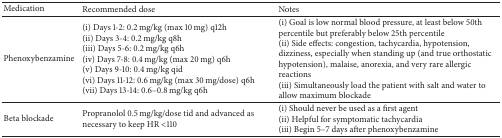
<table><thead><tr><td><b>Medication</b></td><td><b>Recommended dose</b></td><td><b>Notes</b></td></tr></thead><tbody><tr><td>Phenoxybenzamine</td><td>(i) Days 1-2: 0.2 mg/kg (max 10 mg) q12h(ii) Days 3-4: 0.2 mg/kg q8h(iii) Days 5-6: 0.2 mg/kg q6h(iv) Days 7-8: 0.4 mg/kg (max 20 mg) q6h(v) Days 9-10: 0.4 mg/kg qid (vi) Days 11-12: 0.6 mg/kg (max 30 mg/dose) q6h(vii) Days 13-14: 0.6–0.8 mg/kg q6h </td><td>(i) Goal is low normal blood pressure, at least below 50th percentile but preferably below 25th percentile(ii) Side effects: congestion, tachycardia, hypotension, dizziness, especially when standing up (and true orthostatic hypotension), malaise, anorexia, and very rare allergic reactions(iii) Simultaneously load the patient with salt and water to allow maximum blockade </td></tr><tr><td>Beta blockade</td><td>Propranolol 0.5 mg/kg/dose tid and advanced as necessary to keep HR &lt;110 </td><td>(i) Should never be used as a first agent(ii) Helpful for symptomatic tachycardia(iii) Begin 5–7 days after phenoxybenzamine</td></tr></tbody></table>